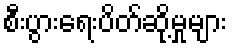
စီးပွားရေးပိတ်ဆို့မှုများ